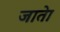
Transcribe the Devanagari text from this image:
जातेा